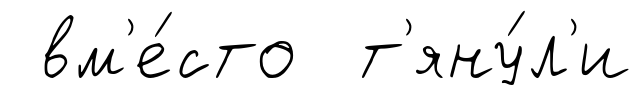
вм'е́сто т'яну́л'и